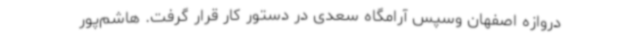
دروازه اصفهان وسپس آرامگاه سعدی در دستور کار قرار گرفت. هاشم‌پور